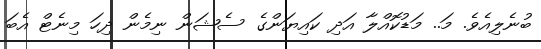
ބުނެލިއެވެ. މަ.. މަޑުކޮއްލާ އަދި ކައިޔަންގެ ސެޝަން ނިމެން ދިހަ މިނެޓް އެބަ